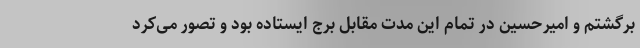
برگشتم و امیرحسین در تمام این مدت مقابل برج ایستاده بود و تصور می‌کرد